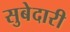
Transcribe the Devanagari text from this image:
सुबेदारी